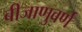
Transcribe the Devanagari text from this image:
बीजाणुवर्ण